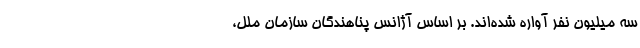
سه میلیون نفر آواره شده‌اند. بر اساس آژانس پناهندگان سازمان ملل،